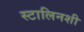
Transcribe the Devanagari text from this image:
स्टालिनशी